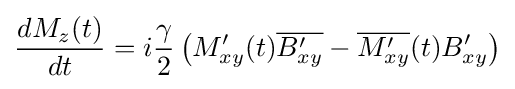
{\frac {dM_{z}(t)}{dt}}=i{\frac {\gamma }{2}}\left(M'_{xy}(t){\overline {B'_{xy}}}-{\overline {M'_{xy}}}(t)B'_{xy}\right)